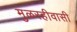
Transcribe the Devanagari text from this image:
मुळरहीवासी